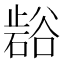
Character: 𭭲